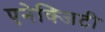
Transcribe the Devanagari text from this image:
एनेक्जिटी